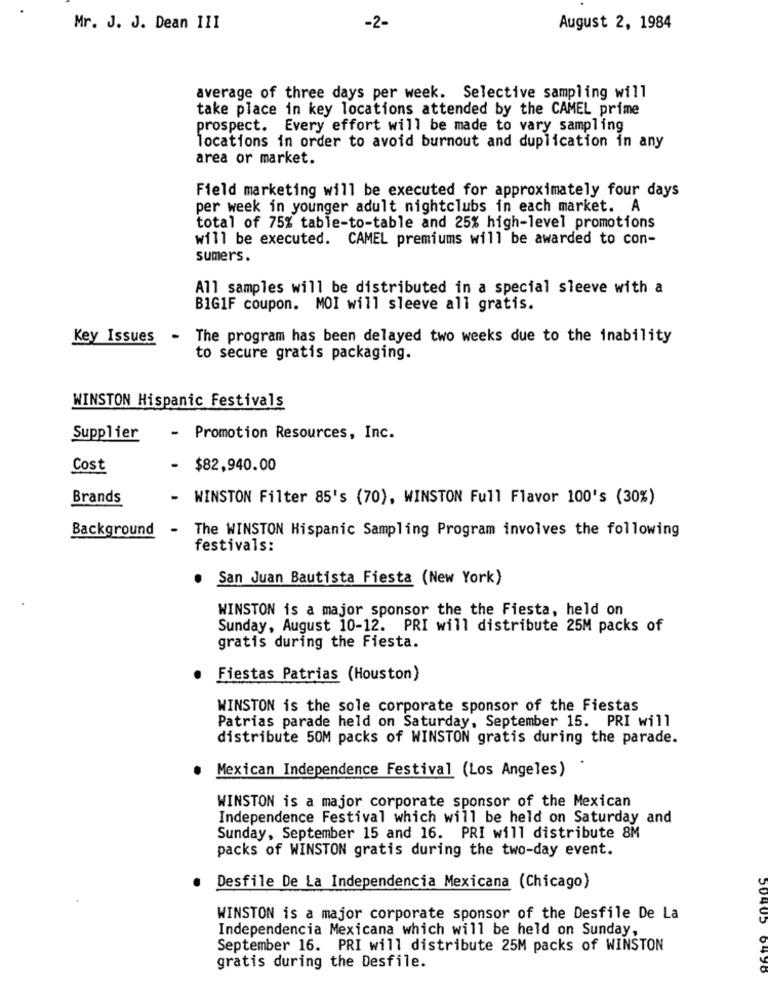
Mr. J. J. Dean 111
-2-
August 2, 1984
average of three days per week. Selective sampling will
take place in key locations attended by the CAMEL prime
prospect. Every effort will be made to vary sampling
locations in order to avoid burnout and duplication in any
area or market.
Field marketing will be executed for approximately four days
per week in younger adult nightclubs in each market. A
total of 75% table-to-table and 25% high-level promotions
will be executed. CAMEL premiums will be awarded to con-
sumers.
All samples will be distributed in a special sleeve with a
BIG1F coupon. MOI will sleeve all gratis.
Key Issues
- The program has been delayed two weeks due to the inability
to secure gratis packaging.
WINSTON Hispanic Festivals
Supplier
- Promotion Resources, Inc.
Cost
-
$82,940.00
Brands
- WINSTON Filter 85's (70), WINSTON Full Flavor 100's (30%)
- The WINSTON Hispanic Sampling Program involves the following
Background
festivals:
.
San Juan Bautista Fiesta (New York)
WINSTON is a major sponsor the the Fiesta, held on
Sunday, August 10-12. PRI will distribute 25M packs of
gratis during the Fiesta.
Fiestas Patrias (Houston)
WINSTON is the sole corporate sponsor of the Fiestas
Patrias parade held on Saturday, September 15. PRI will
distribute 50M packs of WINSTON gratis during the parade.
Mexican Independence Festival (Los Angeles)
WINSTON is a major corporate sponsor of the Mexican
Independence Festival which will be held on Saturday and
Sunday, September 15 and 16. PRI will distribute 8M
packs of WINSTON gratis during the two-day event.
Desfile De La Independencia Mexicana (Chicago)
WINSTON is a major corporate sponsor of the Desfile De La
Independencia Mexicana which will be held on Sunday,
September 16. PRI will distribute 25M packs of WINSTON
gratis during the Desfile.
04.30